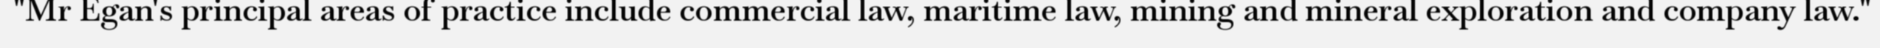
"Mr Egan's principal areas of practice include commercial law, maritime law, mining and mineral exploration and company law."